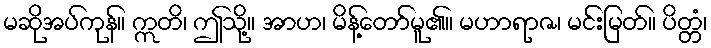
မဆိုအပ်ကုန်။ ဣတိ၊ ဤသို့။ အာဟ၊ မိန့်တော်မူ၏။ မဟာရာဇ၊ မင်းမြတ်။ ပိတ္တံ၊